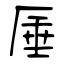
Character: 厜